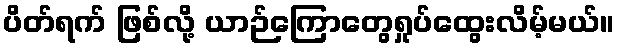
ပိတ်ရက် ဖြစ်လို့ ယာဉ်ကြောတွေရှုပ်ထွေးလိမ့်မယ်။